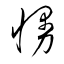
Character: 慢